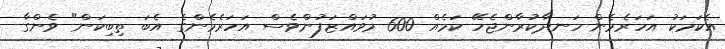
އެކަމަކު އަހަރެމެން ހަނދާކުރާންޖެހޭ ކަމެއް 600 މުވައްޒަފުންވެސް އަހަރެމެންގެ އެބަ ތިބިކަން" ވެންގާ